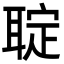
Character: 聢